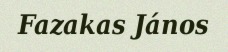
Fazakas János